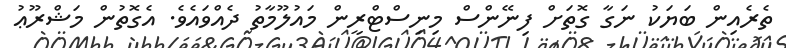
ތެރެއިން ބަޔަކު ނަގާ ގޮތަށް ފިނޭންސް މިނިސްޓްރީން މައުލޫމާތު ދެއްވައެވެ. އެގޮތުން މަޝްރޫޢު